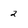
Character: 2